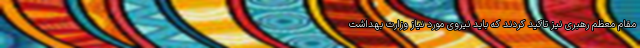
مقام معظم رهبری نیز تاکید کردند که باید نیروی مورد نیاز وزارت بهداشت